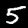
Digit: 5